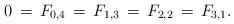
LaTeX: \begin{align*}0\,=\,F_{0,4}\,=\,F_{1,3}\,=\,F_{2,2}\,=\,F_{3,1}.\end{align*}